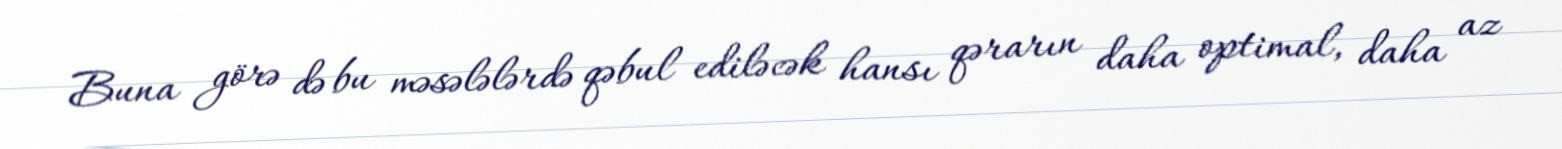
Buna görə də bu məsələlərdə qəbul ediləcək hansı qərarın daha optimal, daha az